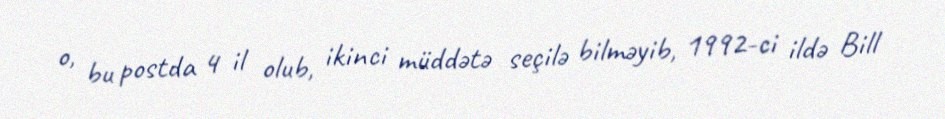
o, bu postda 4 il olub, ikinci müddətə seçilə bilməyib, 1992-ci ildə Bill